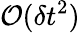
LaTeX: {\cal O}(\delta t^{2})